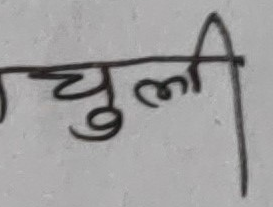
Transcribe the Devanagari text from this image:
चुली